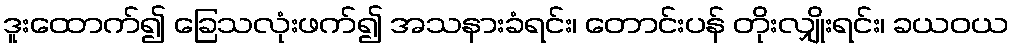
ဒူးထောက်၍ ခြေသလုံးဖက်၍ အသနားခံရင်း၊ တောင်းပန် တိုးလျှိုးရင်း၊ ခယဝယ